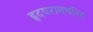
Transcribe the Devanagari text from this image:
हृदयरामचरित